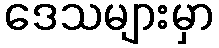
ဒေသများမှာ